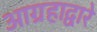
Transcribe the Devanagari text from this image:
आग्रहाद्वारे